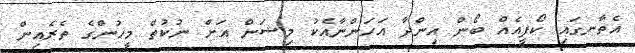
އެތާނގައި ކޯފީއެއް ބޯން އިންދާ އަހަންނާއެކު މިޝަން އަށް ނުކުތް މީހުންގެ ތެރެއިން